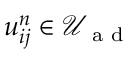
u _ { i j } ^ { n } \in \mathcal { U } _ { \textrm { a d } }